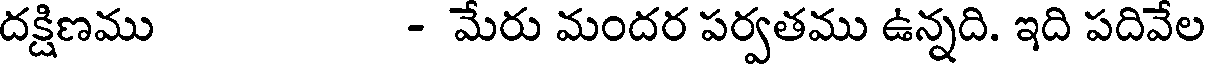
దక్షిణము - మేరు మందర పర్వతము ఉన్నది. ఇది పదివేల